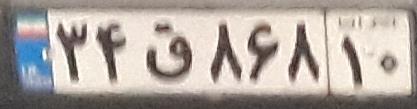
۳۴ق۸۶۸۱۰